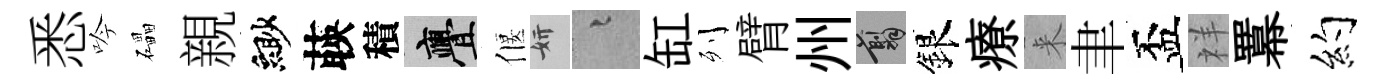
悉吟礧親緲𦴤積亹偃妍融缸列臂州翦銀療来聿盃祥羃约